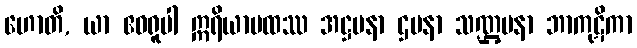
ဟောတိ, ယာ ဧဝရူပါ ဣရိယာပထဿ အဋ္ဌပနာ ဌပနာ သဏ္ဌပနာ ဘာကုဋိကာ